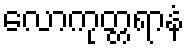
လောကုတ္တရာနံ